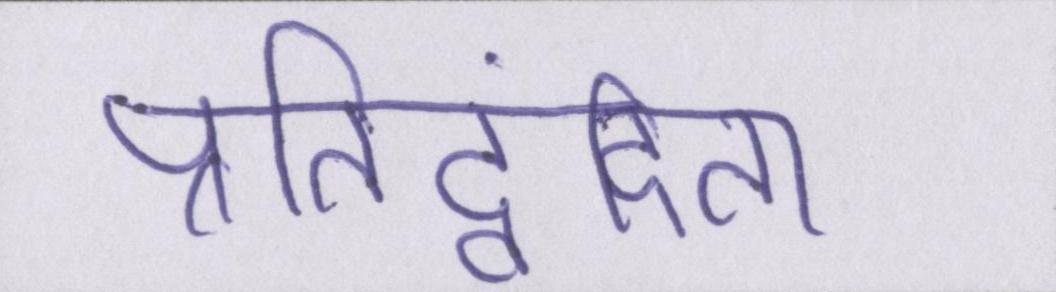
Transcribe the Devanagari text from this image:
प्रतिद्वंदिता